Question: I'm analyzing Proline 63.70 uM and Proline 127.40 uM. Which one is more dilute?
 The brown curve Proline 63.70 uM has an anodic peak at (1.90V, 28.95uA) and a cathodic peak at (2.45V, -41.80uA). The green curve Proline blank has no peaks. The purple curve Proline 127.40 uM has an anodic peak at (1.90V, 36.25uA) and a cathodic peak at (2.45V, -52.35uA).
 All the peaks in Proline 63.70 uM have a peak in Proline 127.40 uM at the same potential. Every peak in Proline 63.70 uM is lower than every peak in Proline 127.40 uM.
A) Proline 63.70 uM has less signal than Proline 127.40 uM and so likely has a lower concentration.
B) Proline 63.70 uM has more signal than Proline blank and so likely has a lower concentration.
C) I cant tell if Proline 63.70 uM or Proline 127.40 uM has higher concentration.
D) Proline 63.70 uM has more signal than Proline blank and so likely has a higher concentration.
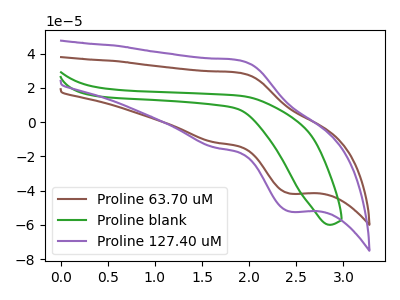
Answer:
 <answer>A) "Proline 63.70 uM" has less signal than "Proline 127.40 uM" and so likely has a lower concentration.</answer>
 <eval>A</eval>